Indian journal of veterinary science and animal husbandry - Volume 3,
Year: 1933
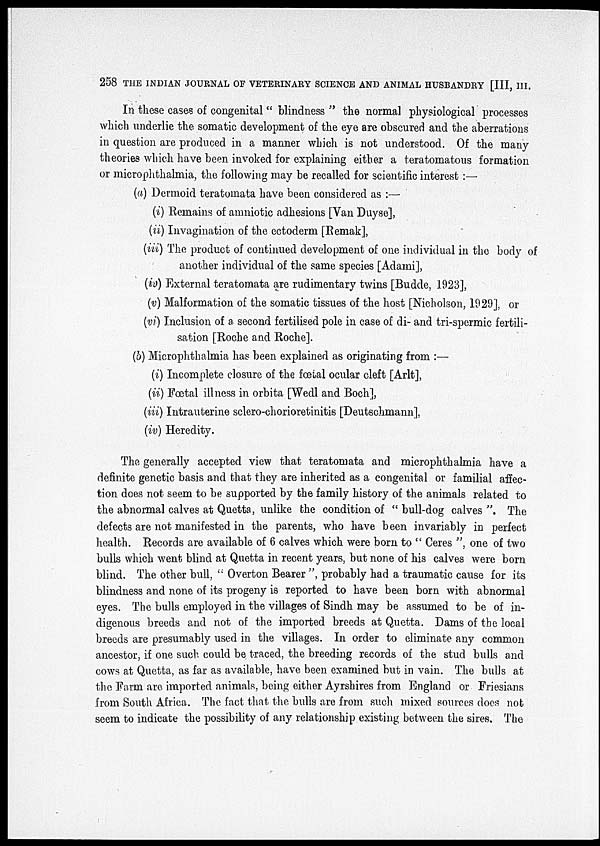
258 THE INDIAN JOURNAL OF VETERINARY SCIENCE AND ANIMAL HUSBANDRY [III, III.
In these cases of congenital " blindness " the normal physiological processes
which underlie the somatic development of the eye are obscured and the aberrations
in question are produced in a manner which is not understood. Of the many
theories which have been invoked for explaining either a teratomatous formation
or microphthalmia, the following may be recalled for scientific interest ;—
(a) Dermoid teratomata have been considered as :—
(i) Remains of amniotic adhesions [Van Duyse],
(ii) Invagination of the ectoderm [Remak],
(iii) The product of continued development of one individual in the body
another individual of the same species [Adami],
(iv) External teratomata are rudimentary twins [Budde, 1923],
(v) Malformation of the somatic tissues of the host [Nicholson, 1929], or
(vi) Inclusion of a second fertilised pole in case of di- and tri-spermic fertili-
sation [Roche and Roche].
(b) Microphthalmia has been explained as originating from :—
(i) Incomplete closure of the fœtal ocular cleft [Arlt],
(ii) Fœtal illness in orbita [Wedl and Boch],
(iii) Intrauterine sclero-chorioretinitis [Deutschmann],
(iv) Heredity.
The generally accepted view that teratomata and microphthalmia have a
definite genetic basis and that they are inherited as a congenital or familial affec-
tion does not seem to be supported by the family history of the animals related to
the abnormal calves at Quetta, unlike the condition of " bull-dog calves ". The
defects are not manifested in the parents, who have been invariably in perfect
health. Records are available of 6 calves which were born to " Ceres ", one of two
bulls which went blind at Quetta in recent years, but none of his calves were born
blind. The other bull, " Overton Bearer ", probably had a traumatic cause for its
blindness and none of its progeny is reported to have been born with abnormal
eyes. The bulls employed in the villages of Sindh may be assumed to be of in-
digenous breeds and not of the imported breeds at Quetta. Dams of the local
breeds are presumably used in the villages. In order to eliminate any common
ancestor, if one such could be traced, the breeding records of the stud bulls and
cows at Quetta, as far as available, have been examined but in vain. The bulls at
the Farm are imported animals, being either Ayrshires from England or Friesians
from South Africa. The fact that the bulls are from such mixed sources does not
seem to indicate the possibility of any relationship existing between the sires. The